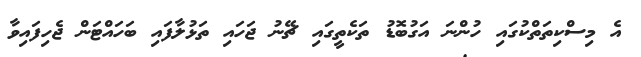
އެ މިސްކިތަތްކުގައި ހުންނަ އަގުބޮޑު ތަކެތީގައި ޗޭނު ޖަހައި ތަޅުލާފައި ބަހައްޓަން ޖެހިފައިވާ